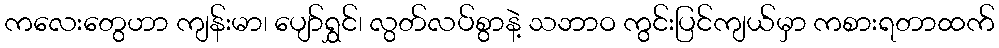
ကလေးတွေဟာ ကျန်းမာ၊ ပျော်ရွှင်၊ လွတ်လပ်စွာနဲ့ သဘာဝ ကွင်းပြင်ကျယ်မှာ ကစားရတာထက်